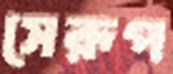
সেরূপ